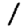
Digit: 1